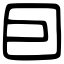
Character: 囙